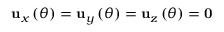
{ \bf u } _ { x } \left( \theta \right) = { \bf u } _ { y } \left( \theta \right) = { \bf u } _ { z } \left( \theta \right) = { \bf 0 }